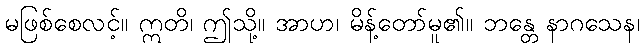
မဖြစ်စေလင့်။ ဣတိ၊ ဤသို့။ အာဟ၊ မိန့်တော်မူ၏။ ဘန္တေ နာဂသေန၊